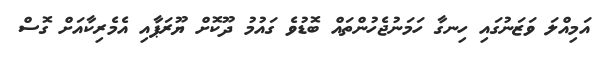
އަމިއްލަ ވަޒަނުގައި ހިނގާ ހަމަނުޖެހުންތައް ބޮޑުވެ ގައުމު ދޫކޮށް ޔޫރަޕާއި އެމެރިކާއަށް ގޮސް